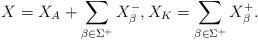
LaTeX: \begin{align*}X=X_A+ \sum_{\beta\in \Sigma^+}X_\beta^-,X_K=\sum_{\beta\in\Sigma^+}X_\beta^+.\end{align*}